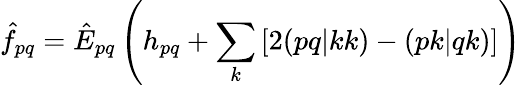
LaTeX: \hat{f}_{pq}=\hat{E}_{pq}\left(h_{pq}+\sum_{k}\left[2(pq|kk)-(pk|qk)\right]\right)